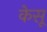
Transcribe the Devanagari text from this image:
केसू